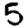
Digit: 5